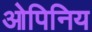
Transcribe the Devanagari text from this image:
ओपिनिय